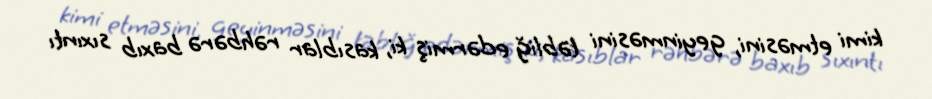
kimi etməsini, geyinməsini təbliğ edərmiş ki, kasıblar rəhbərə baxıb sıxıntı